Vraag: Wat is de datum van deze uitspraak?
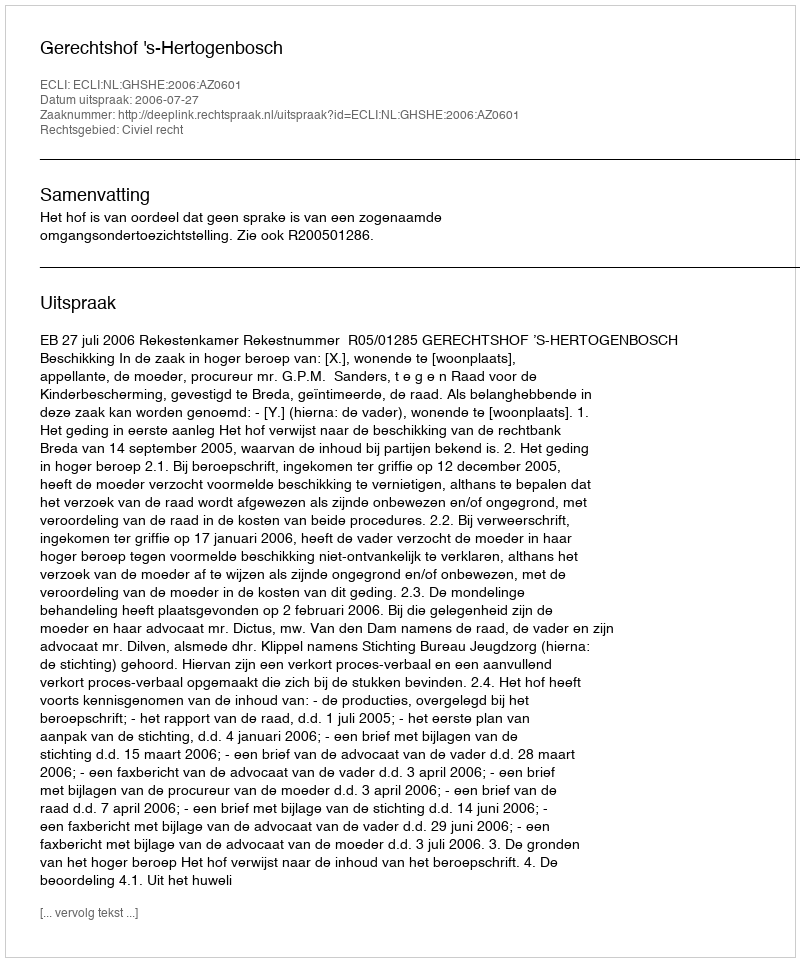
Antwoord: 2006-07-27